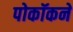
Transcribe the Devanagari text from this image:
पोकॉकने